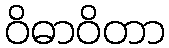
ဝိဓာဝိတာ